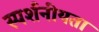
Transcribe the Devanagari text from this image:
स्पर्शनीयता